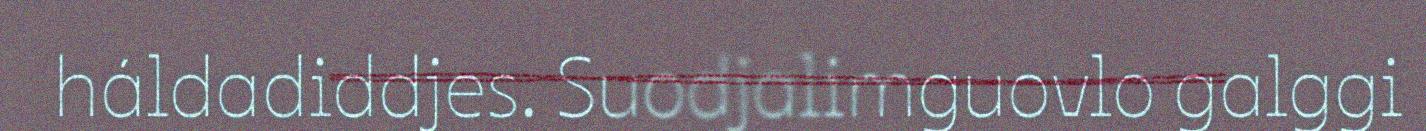
háldadiddjes. Suodjalimguovlo galggi